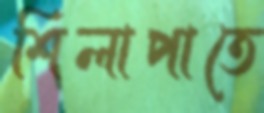
শিলাপাতে